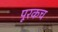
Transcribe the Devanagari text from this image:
पूरकच